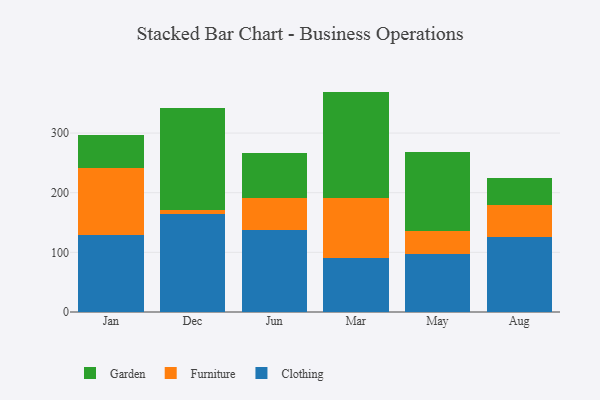
{"axis": {"x": "Month", "y": "Active Users"}, "legend": ["Clothing", "Furniture", "Garden"], "data": [{"x": "Jan", "y": 129.2, "type": "Clothing"}, {"x": "Jan", "y": 112.0, "type": "Furniture"}, {"x": "Jan", "y": 56.2, "type": "Garden"}, {"x": "Dec", "y": 164.3, "type": "Clothing"}, {"x": "Dec", "y": 7.0, "type": "Furniture"}, {"x": "Dec", "y": 169.9, "type": "Garden"}, {"x": "Jun", "y": 138.0, "type": "Clothing"}, {"x": "Jun", "y": 53.1, "type": "Furniture"}, {"x": "Jun", "y": 76.3, "type": "Garden"}, {"x": "Mar", "y": 90.8, "type": "Clothing"}, {"x": "Mar", "y": 100.7, "type": "Furniture"}, {"x": "Mar", "y": 178.0, "type": "Garden"}, {"x": "May", "y": 97.1, "type": "Clothing"}, {"x": "May", "y": 38.5, "type": "Furniture"}, {"x": "May", "y": 132.5, "type": "Garden"}, {"x": "Aug", "y": 125.6, "type": "Clothing"}, {"x": "Aug", "y": 53.4, "type": "Furniture"}, {"x": "Aug", "y": 45.5, "type": "Garden"}]}